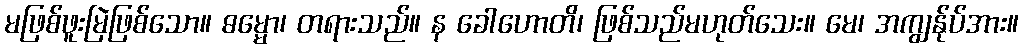
မဖြစ်ဖူးမြဲဖြစ်သော။ ဓမ္မော၊ တရားသည်။ န ခေါဟောတိ၊ ဖြစ်သည်မဟုတ်သေး။ မေ၊ အကျွန်ုပ်အား။